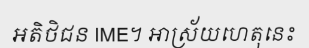
អតិថិជន IME។ អាស្រ័យហេតុនេះ